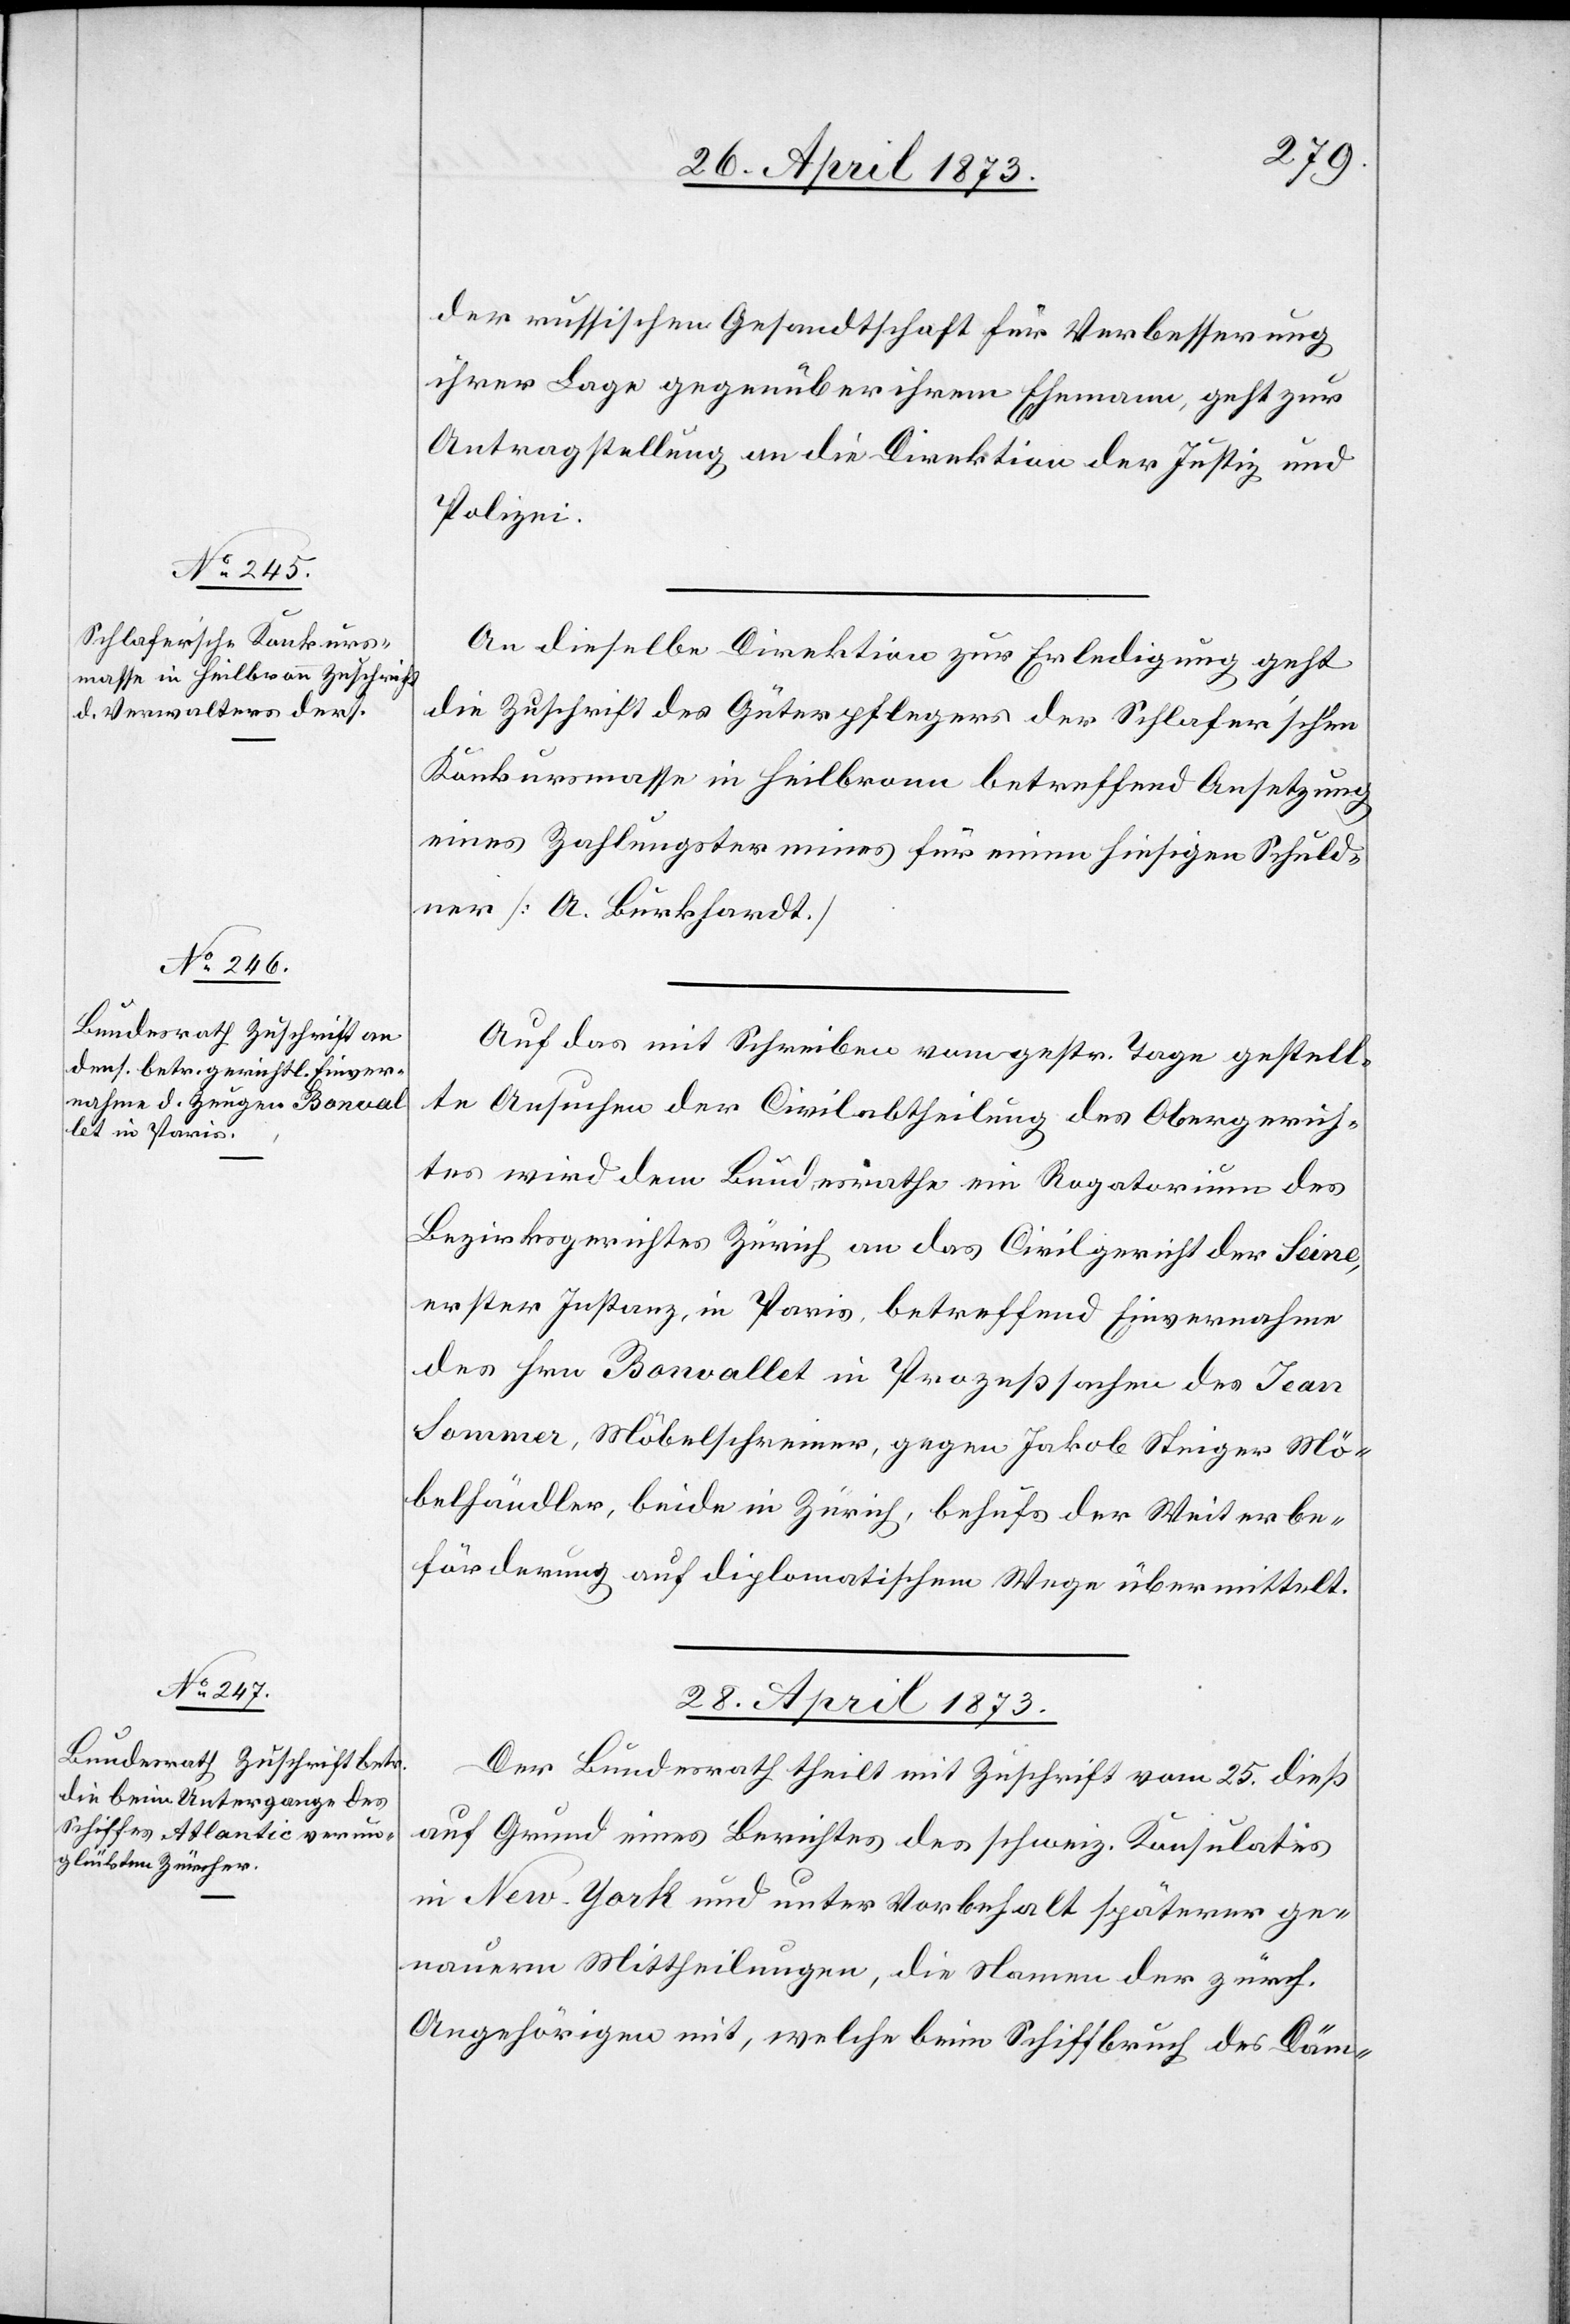
26. April 1873]
der russischen Gesandtschaft für Verbesserung
ihrer Lage gegenüber ihrem Ehemann, geht zur
Antragstellung an die Direktion der Justiz und
Polizei.
An dieselbe Direktion zur Erledigung geht
die Zuschrift des Güterpflegers der Schlafer’schen
Konkursmasse in Heilbronn betreffend Ansetzung
eines Zahlungstermines für einen hiesigen Schuld¬
ner [A. Burkhardt.]
Auf das mit Schreiben vom gestr. Tage gestell¬
te Ansuchen der Civilabtheilung des Obergerich¬
tes wird dem Bundesrathe ein Rogatorium des
Bezirksgerichtes Zürich an das Civilgericht der Seine,
erster Instanz, in Paris, betreffend Einvernahme
des Hrn. Bonvallet in Prozeßsachen des Jean
Sommer, Möbelschreiner, gegen Jakob Steiger Mö¬
belhändler, beide in Zürich, behufs der Weiterbe¬
förderung auf diplomatischem Wege übermittelt.
28. April 1873
Der Bundesrath theilt mit Zuschrift vom 25. dieß
auf Grund eines Berichtes des schweiz. Konsulates
in New-York und unter Vorbehalt späterer ge¬
nauern Mittheilungen, die Namen der zürch.
Angehörigen mit, welche beim Schiffbruch des Däm-